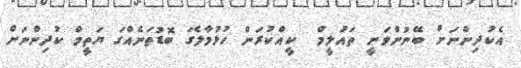
އެކުދިންނަށް ބޭނުންވަނީ ތައުލީމް  ކީއްކުރަން ހުޅުމާލެގަ ބޮޑުތަނެއްގަ ޔަތީމް ކުދިންނަށް